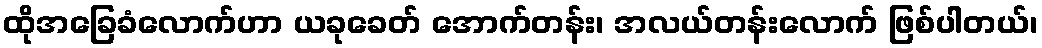
ထိုအခြေခံလောက်ဟာ ယခုခေတ် အောက်တန်း၊ အလယ်တန်းလောက် ဖြစ်ပါတယ်၊